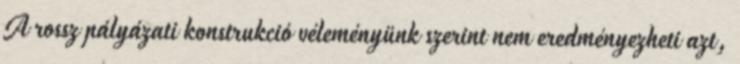
A rossz pályázati konstrukció véleményünk szerint nem eredményezheti azt,